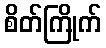
စိတ်ကြိုက်